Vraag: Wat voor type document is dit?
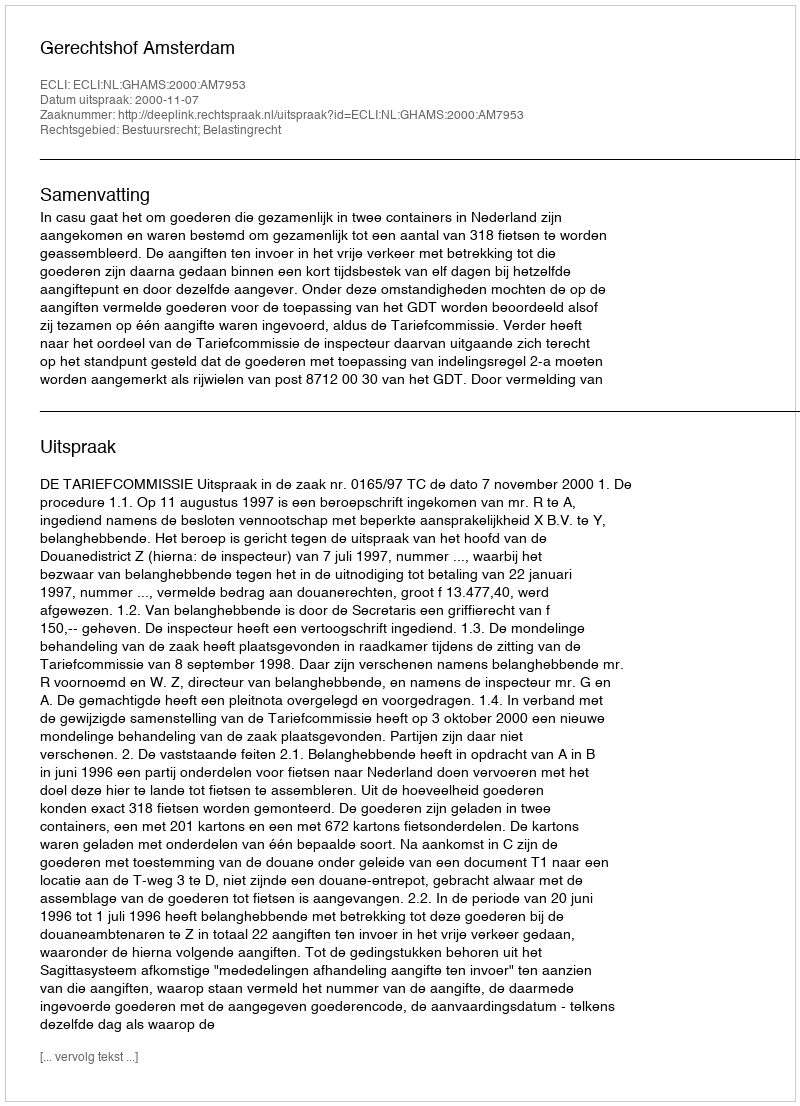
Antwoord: Uitspraak